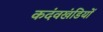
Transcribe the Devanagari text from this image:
कदंवखंडियों